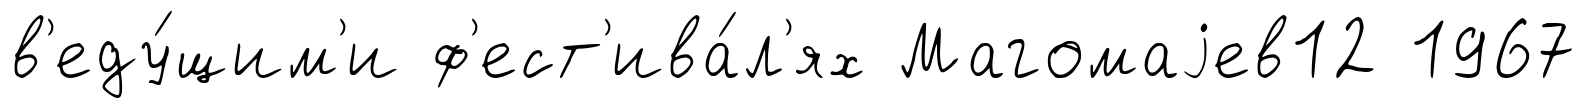
в'еду́щим'и ф'ест'ива́л'ях Магомаjев12 1967